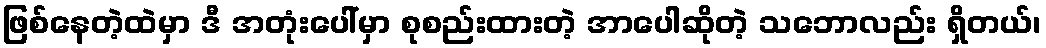
ဖြစ်နေတဲ့ထဲမှာ ဒီ အတုံးပေါ်မှာ စုစည်းထားတဲ့ အာပေါဆိုတဲ့ သဘောလည်း ရှိတယ်၊